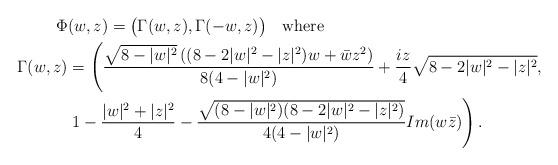
LaTeX: \begin{align*} \Phi & (w,z)=\bigl(\Gamma(w,z),\Gamma(-w,z)\bigr) \quad\mbox{where} \\ \Gamma(w,z)&= \left(\frac{\sqrt{8-|w|^2}\left((8-2|w|^2-|z|^2)w+\bar{w}z^2\right)}{8(4-|w|^2)}+\frac{iz}{4}\sqrt{8-2|w|^2-|z|^2},\right.\\ & \left. 1-\frac{|w|^2+|z|^2}{4}-\frac{\sqrt{(8-|w|^2)(8-2|w|^2-|z|^2)}}{4(4-|w|^2)}Im(w\bar{z})\right). \end{align*}